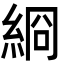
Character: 綗